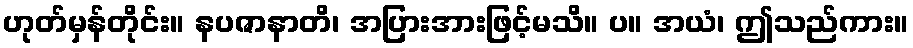
ဟုတ်မှန်တိုင်း။ နပဇာနာတိ၊ အပြားအားဖြင့်မသိ။ ပ။ အယံ၊ ဤသည်ကား။